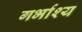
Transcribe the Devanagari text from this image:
गर्भाश्य